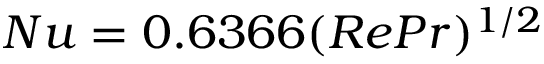
N u = 0 . 6 3 6 6 ( R e P r ) ^ { 1 / 2 }